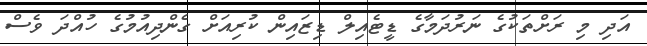
އަދި މި ރަށްތަކުގެ ނަރުދަމާގެ ޑީޓެއިލް ޑިޒައިން ކުރިއަށް ގެންދިއުމުގެ ހުއްދަ ވެސް